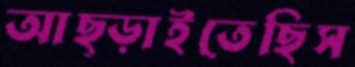
আছ্‌ড়াইতেছিস